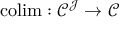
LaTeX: \operatorname { c o l i m } : { \mathcal { C } } ^ { \mathcal { J } } \to { \mathcal { C } }